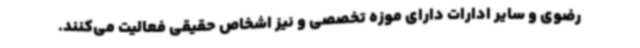
رضوی و سایر ادارات دارای موزه تخصصی و نیز اشخاص حقیقی فعالیت می‌کنند.